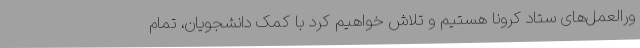
ورالعمل‌های ستاد کرونا هستیم و تلاش خواهیم کرد با کمک دانشجویان، تمام